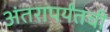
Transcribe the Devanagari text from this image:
अंतरापर्यंतची